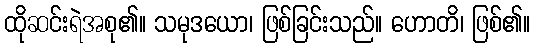
ထိုဆင်းရဲအစု၏။ သမုဒယော၊ ဖြစ်ခြင်းသည်။ ဟောတိ၊ ဖြစ်၏။